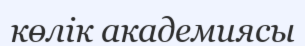
көлік академиясы